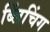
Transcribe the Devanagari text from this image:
ब्लिंचिंग